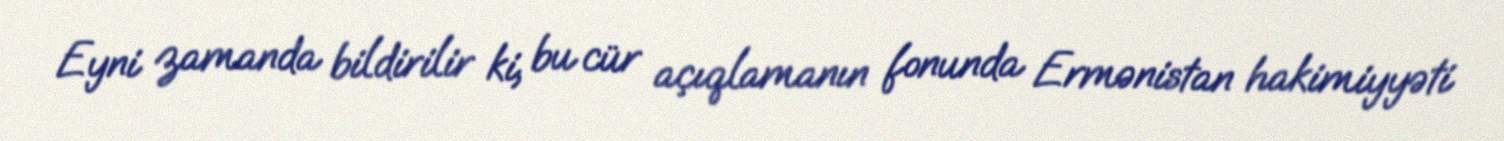
Eyni zamanda bildirilir ki, bu cür açıqlamanın fonunda Ermənistan hakimiyyəti